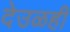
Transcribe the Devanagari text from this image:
देउळही